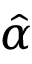
\hat { \alpha }